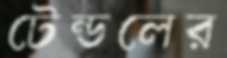
টেন্ডলের